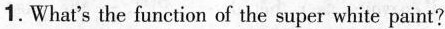
1.What’s the function of the super white paint?